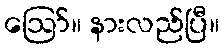
ဪ။ နားလည်ပြီ။